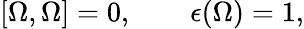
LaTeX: [\Omega,\Omega]=0,\qquad\epsilon(\Omega)=1,